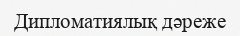
Дипломатиялық дәреже